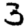
Digit: 3